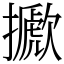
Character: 擨